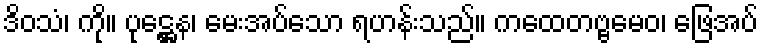
ဒိဝသံ၊ ကို။ ပုဋ္ဌေန၊ မေးအပ်သော ရဟန်းသည်။ ကထေတဗ္ဗမေဝ၊ ဖြေအပ်